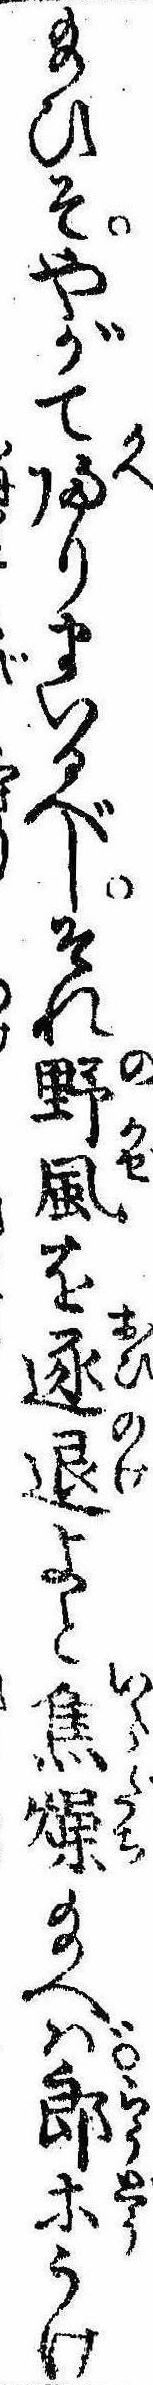
給ひそやがて帰りまいるべしそれ野風を逐退よと焦燥給へば郎等うけ